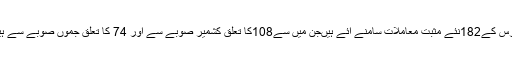
حکومت نے کہا ہے کہ پچھلے چوبیس گھنٹوں کے دوران کورونا وائرس کے182نئے مثبت معاملات سامنے آئے ہیںجن میں سے108کا تعلق کشمیر صوبے سے اور 74 کا تعلق جموں صوبے سے ہیں اور اس طرح مثبت معاملات کی کل تعداد3,324تک پہنچ گئی ہے۔